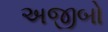
અજીબો